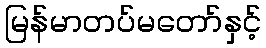
မြန်မာတပ်မတော်နှင့်